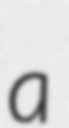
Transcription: a